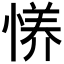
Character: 𫺪